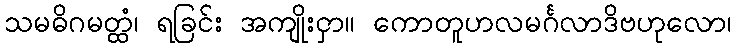
သမဓိဂမတ္ထံ၊ ရခြင်း အကျိုးငှာ။ ကောတူဟလမင်္ဂလာဒိဗဟုလော၊